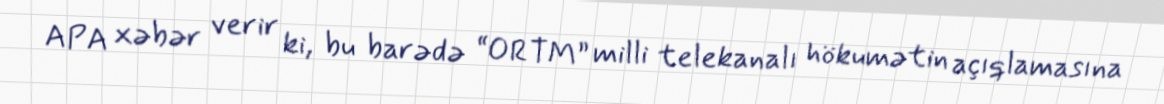
APA xəbər verir ki, bu barədə “ORTM” milli telekanalı hökumətin açıqlamasına